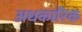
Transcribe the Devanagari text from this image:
अधकारिक